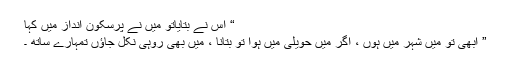
“ اس نے بتایاتو میں نے پرسکون انداز میں کہا
” ابھی تو میں شہر میں ہوں ، اگر میں حویلی میں ہوا تو بتانا ، میں بھی روہی نکل جاﺅں تمہارے ساتھ ۔